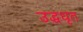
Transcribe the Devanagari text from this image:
उद्धधृत